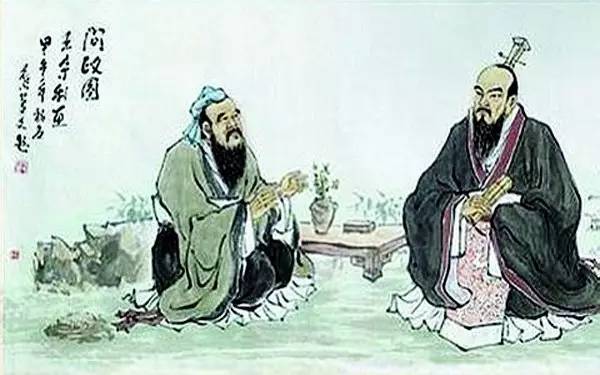
君子素其位而行，不愿乎其外。